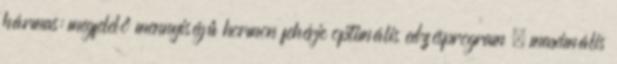
hármas: megfelelő mennyiségű hormon fehérje optimális edzésprogram = maximális